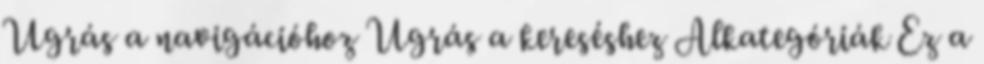
Ugrás a navigációhoz Ugrás a kereséshez Alkategóriák Ez a